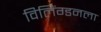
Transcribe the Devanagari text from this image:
विलिंग्डनला